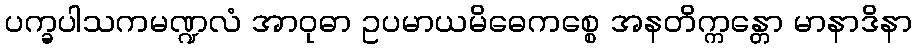
ပက္ခပါသကမဏ္ဍလံ အာဝုဓာ ဥပမာယမိဓေကစ္စေ အနတိက္ကန္တော မာနာဒိနာ